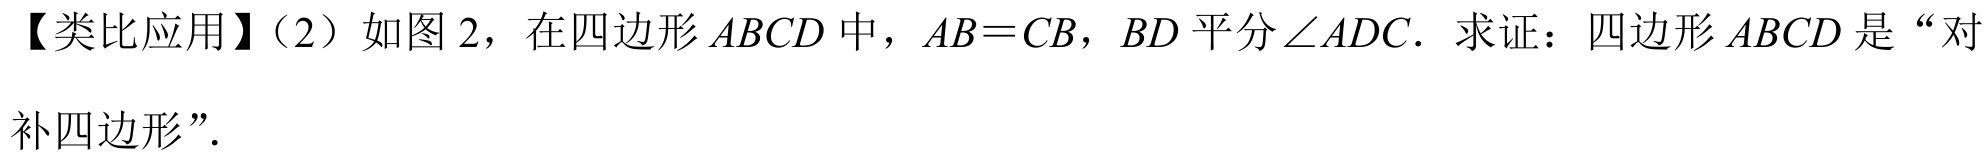
【类比应用】（2）如图 2，在四边形$ABCD$中，$AB = CB$，$BD$平分$\angle ADC$．求证：四边形$ABCD$是“对补四边形”.